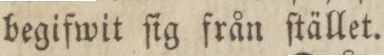
begifwit ſig från ſtället.